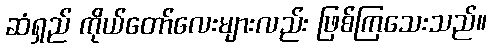
ဆံရှည် ကိုယ်တော်လေးများလည်း ဖြစ်ကြသေးသည်။